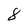
Character: 8